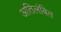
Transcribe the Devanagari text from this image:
अतिलंबित